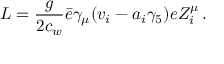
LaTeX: { \cal L } = { \frac { g } { 2 c _ { w } } } \bar { e } \gamma _ { \mu } ( v _ { i } - a _ { i } \gamma _ { 5 } ) e Z _ { i } ^ { \mu } \, .